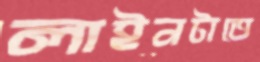
লাইনটাতে